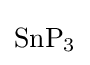
{\mathrm {SnP} {\vphantom {A}}_{\smash[{t}]{3}}}